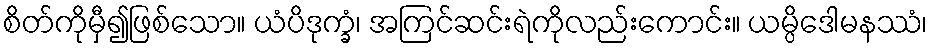
စိတ်ကိုမှီ၍ဖြစ်သော။ ယံပိဒုက္ခံ၊ အကြင်ဆင်းရဲကိုလည်းကောင်း။ ယမ္ပိဒေါမနဿံ၊